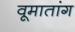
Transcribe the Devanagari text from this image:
वूमातांग